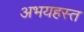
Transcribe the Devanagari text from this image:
अभयहस्त